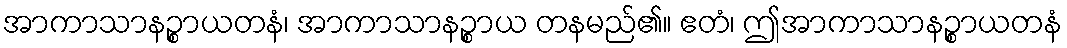
အာကာသာနဉ္စာယတနံ၊ အာကာသာနဉ္စာယ တနမည်၏။ ဧတံ၊ ဤအာကာသာနဉ္စာယတနံ